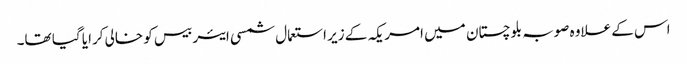
اس کے علاوہ صوبہ بلوچستان میں امریکہ کے زیر استعمال شمسی ایئر بیس کو خالی کرایا گیا تھا۔